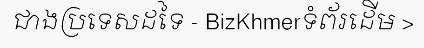
ជាងប្រទេសដទៃ - BizKhmerទំព័រដើម >